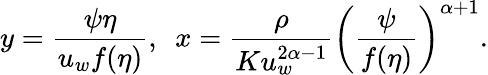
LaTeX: y=\frac{\psi\eta}{u_{w}f(\eta)},~~x=\frac{\rho}{Ku_{w}^{2\alpha-1}}\left(\frac{\psi}{f(\eta)}\right)^{\alpha+1}.